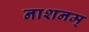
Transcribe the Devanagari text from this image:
नाशनम्‌